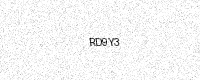
Text: RD9Y3